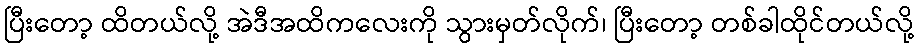
ပြီးတော့ ထိတယ်လို့ အဲဒီအထိကလေးကို သွားမှတ်လိုက်၊ ပြီးတော့ တစ်ခါထိုင်တယ်လို့